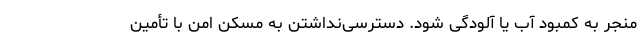
منجر به کمبود آب یا آلودگی شود. دسترسی‌نداشتن به مسکن امن با تأمین